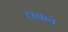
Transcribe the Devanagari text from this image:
टस्कने